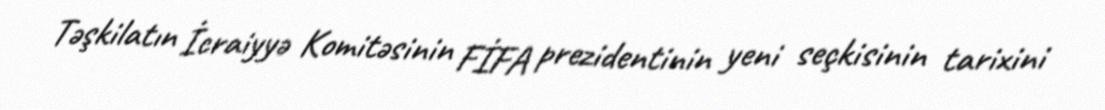
Təşkilatın İcraiyyə Komitəsinin FİFA prezidentinin yeni seçkisinin tarixini